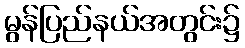
မွန်ပြည်နယ်အတွင်း၌